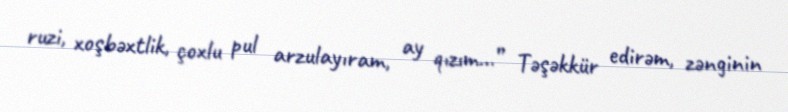
ruzi, xoşbəxtlik, çoxlu pul arzulayıram, ay qızım…” Təşəkkür edirəm, zənginin